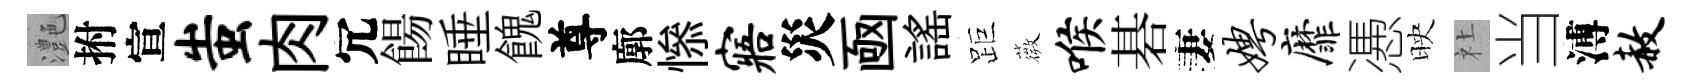
灔拊宣蚩肉冗餳睡餽尊廓𢡖寤災凾謡距薇喉碁妻娉靡慿映社当溥赦